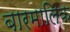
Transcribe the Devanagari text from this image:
बारमालिक